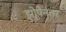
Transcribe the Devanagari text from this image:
झोपेनंतर